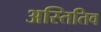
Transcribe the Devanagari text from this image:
अस्तितिव